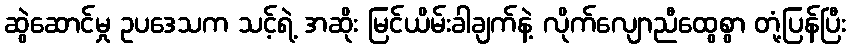
ဆွဲဆောင်မှု ဥပဒေသက သင့်ရဲ့ အဆိုး မြင်ယိမ်းခါချက်နဲ့ လိုက်လျောညီထွေစွာ တုံ့ပြန်ပြီး